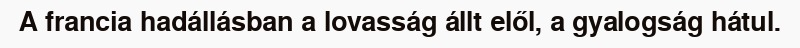
A francia hadállásban a lovasság állt elől, a gyalogság hátul.